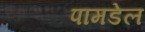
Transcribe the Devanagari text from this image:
पामडेल